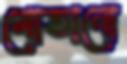
মোতানো